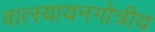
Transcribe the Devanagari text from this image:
वात्स्यायनगोत्रीय